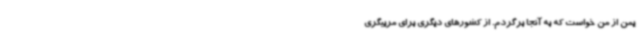
یمن از من خواست که به آنجا برگردم. از کشورهای دیگری برای مربیگری